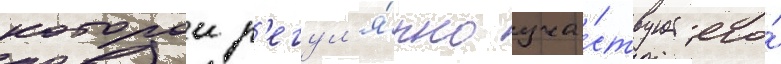
которои р'егул'я́рно уча́ствует его́